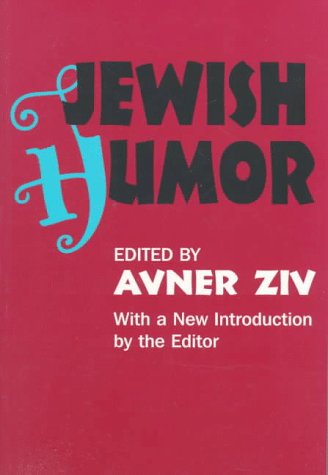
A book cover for Jewish Humor (Classics in Communication and Mass Culture Series); Humor & Entertainment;